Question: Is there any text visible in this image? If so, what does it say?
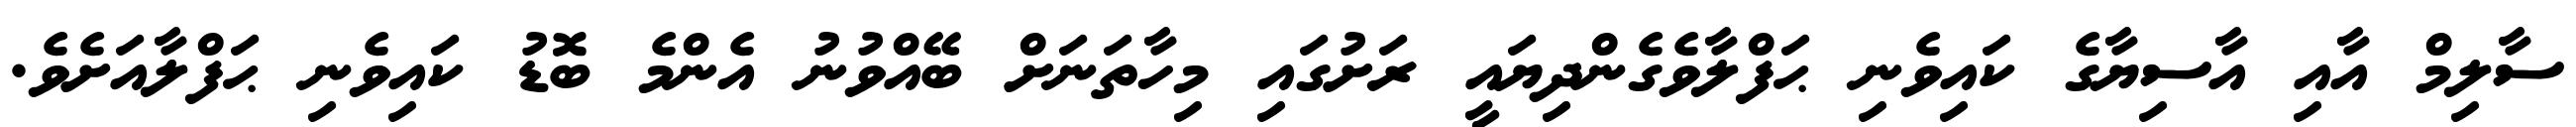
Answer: ސާލިމް އާއި އާސިޔާގެ ކައިވެނި ޙަފްލާވެގެންދިޔައީ ރަށުގައި މިހާތަނަށް ބޭއްވުނު އެންމެ ބޮޑު ކައިވެނި ޙަފްލާއަށެވެ.